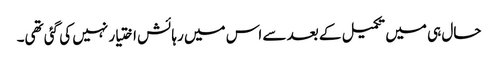
حال ہی میں تکمیل کے بعد سے اس میں رہائش اختیار نہیں کی گئی تھی۔